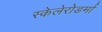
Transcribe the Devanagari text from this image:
स्केलेरोडर्मा